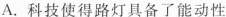
A.科技使得路灯具备了能动性